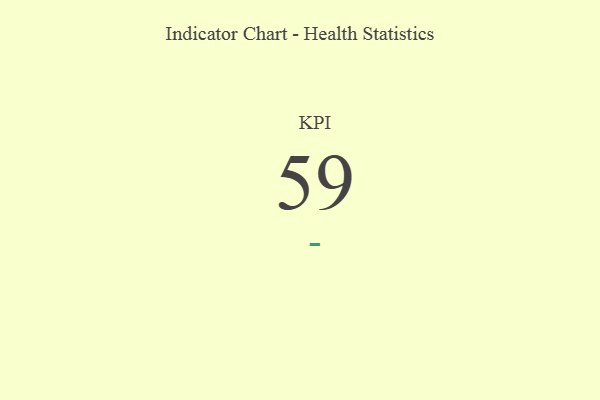
{"axis": {"x": "KPI", "y": "Value"}, "legend": [""], "data": [{"x": "KPI", "y": 59, "type": ""}]}